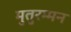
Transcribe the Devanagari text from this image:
मुतुरम्मन